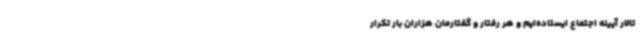
تالار آیینه اجتماع ایستاده‌ایم و هر رفتار و گفتارمان هزاران بار تکرار